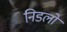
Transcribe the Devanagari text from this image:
निडलों